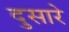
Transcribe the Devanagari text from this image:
दुसारे